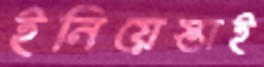
ইনিয়েস্তাই